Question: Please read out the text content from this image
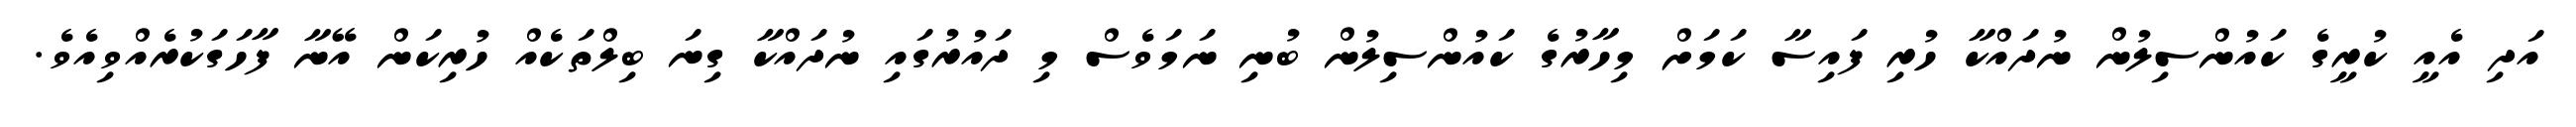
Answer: އަދި އެއީ ކުރީގެ ކައުންސިލުން ނުދައްކާ ހުރި ފައިސާ ކަމަށް މިހާރުގެ ކައުންސިލުން ބުނި ނަމަވެސް މި ދައުރުގައި ނުދައްކާ ގިނަ ބިލްތަކެއް ހުރިކަން އޭނާ ފާހަގަކުރެއްވިއެވެ.